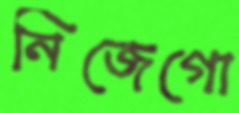
নিজেগো